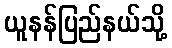
ယူနန်ပြည်နယ်သို့